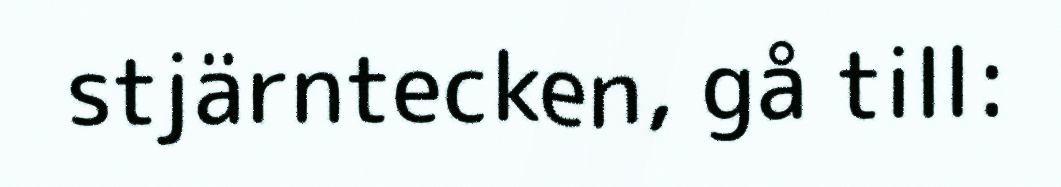
stjärntecken, gå till: